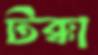
টক্কা